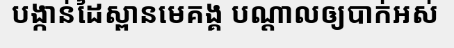
បង្កាន់ដៃស្ពានមេគង្គ បណ្តាលឲ្យបាក់អស់